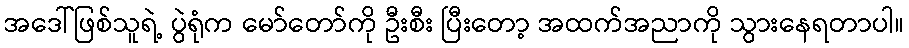
အဒေါ်ဖြစ်သူရဲ့ ပွဲရုံက မော်တော်ကို ဦးစီး ပြီးတော့ အထက်အညာကို သွားနေရတာပါ။